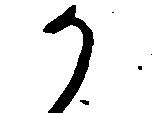
か